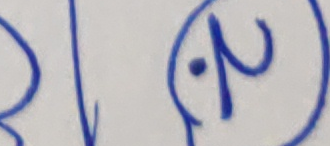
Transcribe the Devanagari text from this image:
२